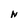
Character: N